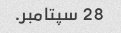
28 سپتامبر.